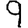
Digit: 9